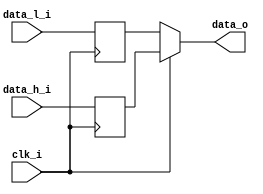
// This program was cloned from: https://github.com/IObundle/iob-soc
// License: MIT License

/*****************************************************************************

  Copyright (C) 2020 IObundle, Lda  All rights reserved

******************************************************************************/
`timescale 1ns / 1ps

module altddio_out #(
   parameter DATA_W = 1
) (
   input               clk_i,
   input  [DATA_W-1:0] data_l_i,
   input  [DATA_W-1:0] data_h_i,
   output [DATA_W-1:0] data_o
);

   reg [DATA_W-1:0] data_l_i_reg;
   reg [DATA_W-1:0] data_h_i_reg;

   always @(posedge clk_i) data_h_i_reg <= data_h_i;

   always @(negedge clk_i) data_l_i_reg <= data_l_i;

   assign data_o = clk_i ? data_h_i_reg : data_l_i_reg;

endmodule